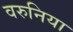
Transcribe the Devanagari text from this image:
वरुनिया